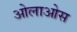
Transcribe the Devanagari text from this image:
ओलाओस